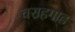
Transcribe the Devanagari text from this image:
चराहगाह